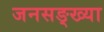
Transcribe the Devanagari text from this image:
जनसङ्ख्या